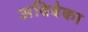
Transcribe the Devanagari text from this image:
अविवेका